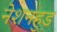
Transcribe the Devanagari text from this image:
नेशनहुड